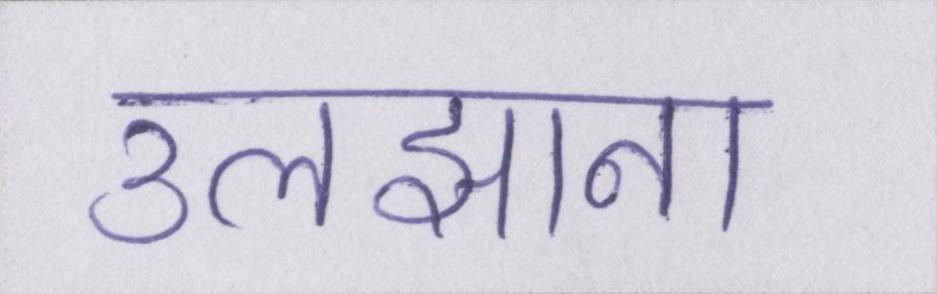
उलझाना